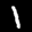
Label: 1